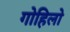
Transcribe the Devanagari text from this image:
गोहिलो